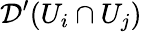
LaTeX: {\mathcal{D}}^{\prime}(U_{i}\cap U_{j})